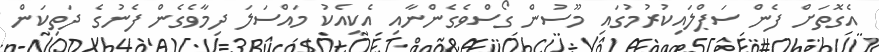
އެގޮތަށް ފެން ސަޕްލައިކުރުމުގައި މޫސުން ގޯސްވެގެންނާއި އެކިއެކު މައްސަލަ ދިމާވެގެން ފެނުގެ ދަތިކަން